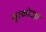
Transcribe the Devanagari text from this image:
सुरकोटड़ा